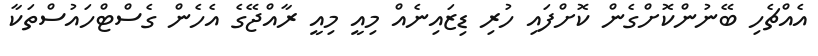
އެއްޗެހި ބޭނުންކޮށްގެން ކޮށްފައި ހުރި ޑިޒައިނެއް މިއީ މިއީ ރާއްޖޭގެ އެހެން ގެސްޓްހައުސްތަކާ